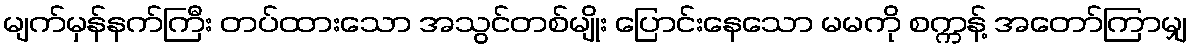
မျက်မှန်နက်ကြီး တပ်ထားသော အသွင်တစ်မျိုး ပြောင်းနေသော မမကို စက္ကန့် အတော်ကြာမျှ